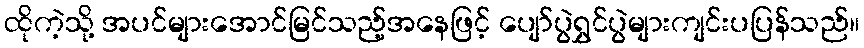
ထိုကဲ့သို့ အပင်များအောင်မြင်သည့်အနေဖြင့် ပျော်ပွဲရွှင်ပွဲများကျင်းပပြန်သည်။